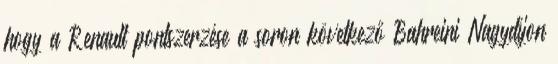
hogy a Renault pontszerzése a soron következő Bahreini Nagydíjon